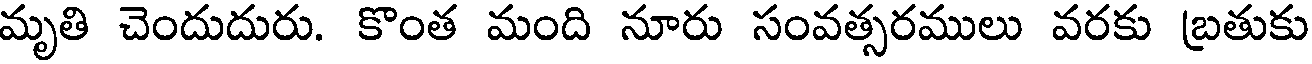
మృతి చెందుదురు. కొంత మంది నూరు సంవత్సరములు వరకు బ్రతుకు